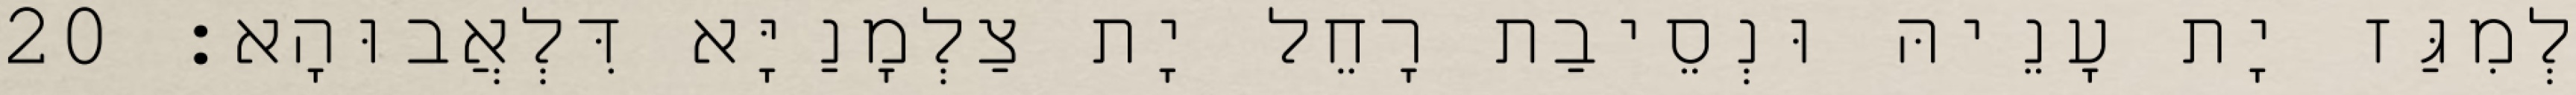
לְמִגַּז יָת עָנֵיהּ וּנְסֵיבַת רָחֵל יָת צַלְמָנַיָּא דִּלְאֲבוּהָא׃ 20